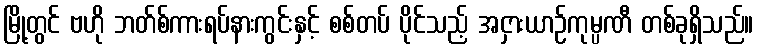
မြို့တွင် ဗဟို ဘတ်စ်ကားရပ်နားကွင်းနှင့် စစ်တပ် ပိုင်သည့် အငှားယာဉ်ကုမ္ပဏီ တစ်ခုရှိသည်။